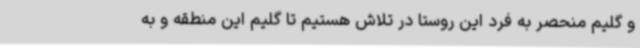
و گلیم منحصر به فرد این روستا در تلاش هستیم تا گلیم این منطقه و به